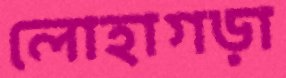
লোহাগড়া